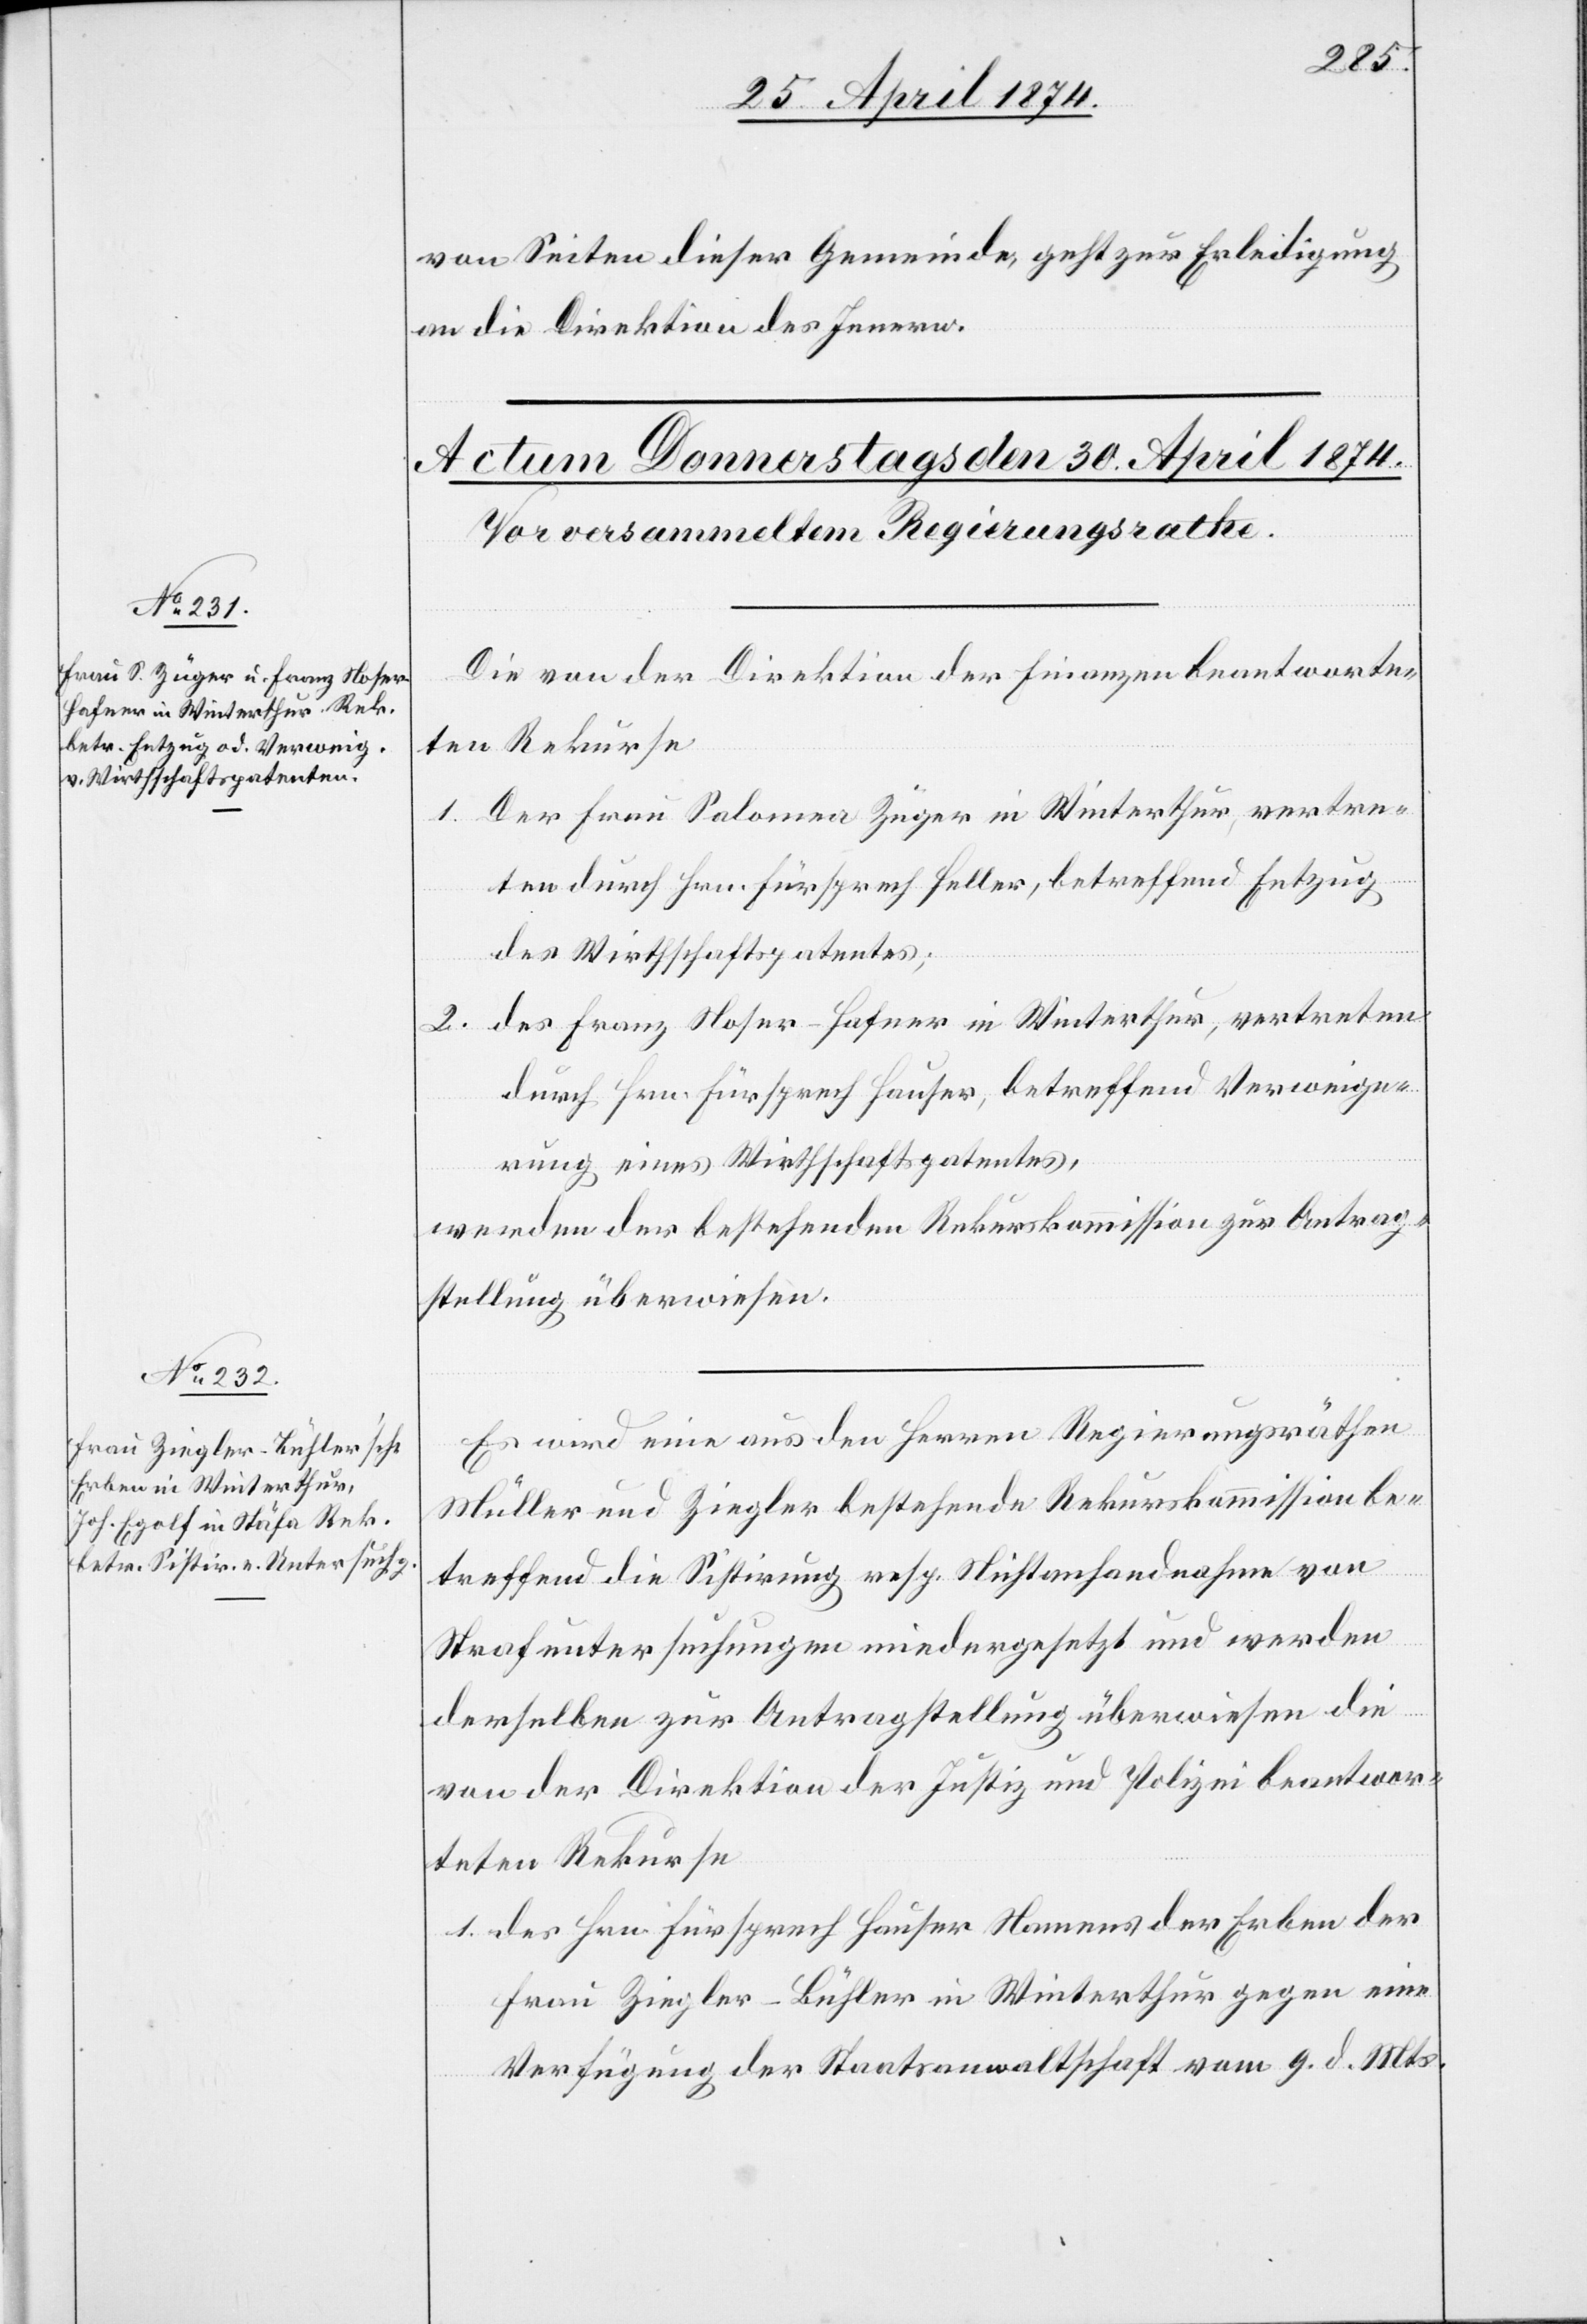
von Seiten dieser Gemeinde, geht zur Erledigung
an die Direktion des Innern.
Die von der Direktion der Finanzen beantworte¬
ten Rekurse
1. Der Frau Salomea Züger in Winterthur, vertre¬
ten durch Hrn. Fürsprech Heller, betreffend Entzug
des Wirthschaftspatentes;
2. des Franz Noser-Hafner in Winterthur, vertreten
durch Hrn. Fürsprech Hauser, betreffend Verweige¬
rung eines Wirthschaftspatentes
werden der bestehenden Rekurskommission zur Antrag¬
stellung überwiesen.
Es wird eine aus den Herren Regierungsräthen
Müller und Ziegler bestehende Rekurskommission be¬
treffend die Sistirung resp. Nichtanhandnahme von
Strafuntersuchungen niedergesetzt und werden
derselben zur Antragstellung überwiesen die
von der Direktion der Justiz und Polizei beantwor¬
teten Rekurse
1. des Hrn. Fürsprech Hauser Namens der Erben der
Frau Ziegler-Bühler in Winterthur gegen eine
Verfügung der Staatsanwaltschaft vom 9. d. Mts.